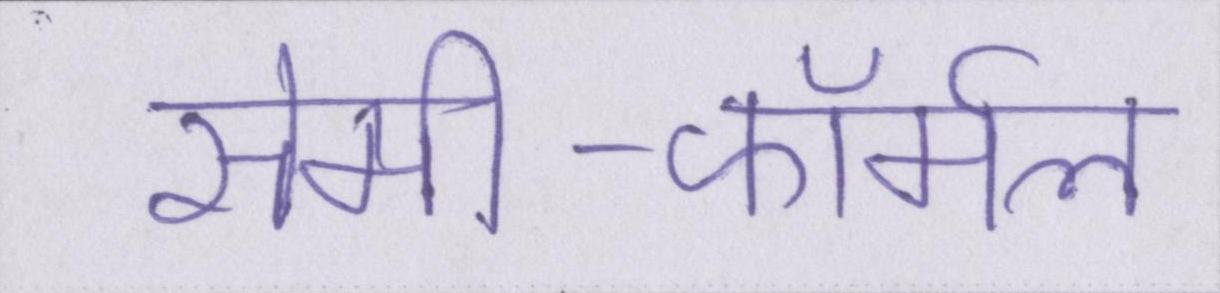
सेमी-फॉर्मल